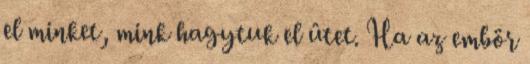
el minket, mink hagytuk el ûtet. Ha az embör